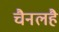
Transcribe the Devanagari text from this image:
चैनलहै